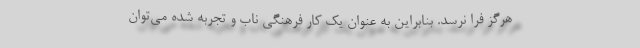
هرگز فرا نرسد. بنابراین به عنوان یک کار فرهنگی ناب و تجربه شده می‌توان